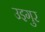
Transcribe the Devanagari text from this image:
उइगुर